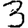
Digit: 3